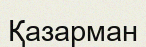
Қазарман